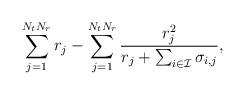
LaTeX: \begin{align*}\sum_{j=1}^{N_tN_r} r_j - \sum_{j=1}^{N_tN_r} \frac{ r_j^2 }{ r_j + \sum_{i \in \mathcal{I}} \sigma_{i,j} },\end{align*}